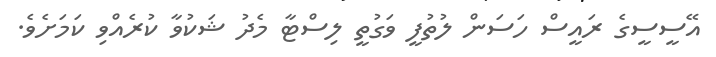
އޭސީސީގެ ރައީސް ހަސަން ލުތުފީ ވަގުތީ ލިސްޓާ މެދު ޝަކުވާ ކުރެއްވި ކަމަށެވެ.